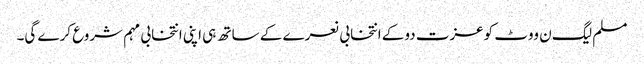
مسلم لیگ ن ووٹ کوعزت دوکے انتخابی نعرے کے ساتھ ہی اپنی انتخابی مہم شروع کرے گی۔